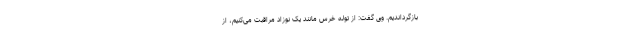
بازگرداندیم. وی گفت: از توله خرس مانند یک نوزاد مراقبت می‌کنیم، از